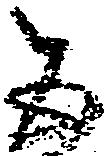
五